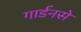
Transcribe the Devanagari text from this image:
गार्डनसे